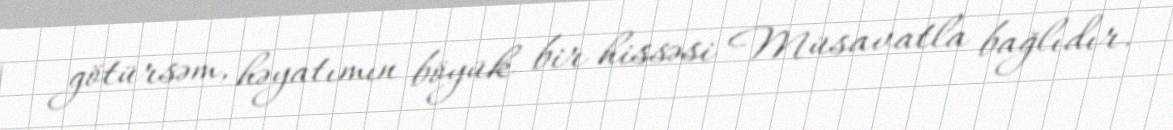
götürsəm, həyatımın böyük bir hissəsi Müsavatla bağlıdır.